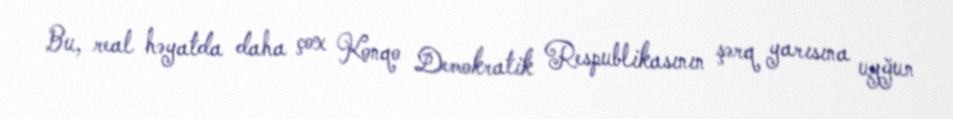
Bu, real həyatda daha çox Konqo Demokratik Respublikasının şərq yarısına uyğun